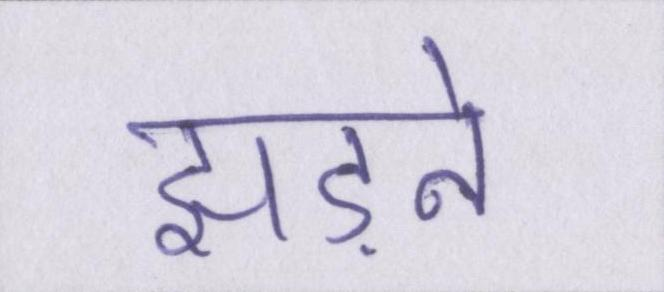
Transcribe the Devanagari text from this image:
झड़ने